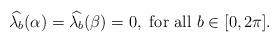
LaTeX: \begin{align*} {\widehat {\lambda_b}}(\alpha)={\widehat {\lambda_b}}(\beta)=0, \ {\rm for \ all}\ b\in [0,2\pi].\end{align*}